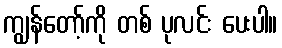
ကျွန်တော့်ကို တစ် ပုလင်း ပေးပါ။